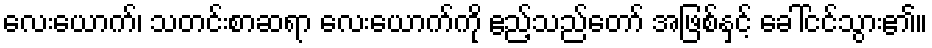
လေးယောက်၊ သတင်းစာဆရာ လေးယောက်ကို ဧည့်သည်တော် အဖြစ်နှင့် ခေါ်ငင်သွား၏။